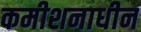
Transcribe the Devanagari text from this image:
कमीशनाधीन